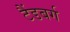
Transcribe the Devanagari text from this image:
टैंडबर्ग